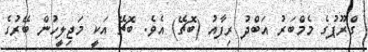
ގްރޫޕުގެ މެމްބަރު އަބްދު ރިފާއު (ބޮޗޭ) އެވެ. ބޮޗޭ އަކީ މަޖިލީހުން ބޭރުގެ